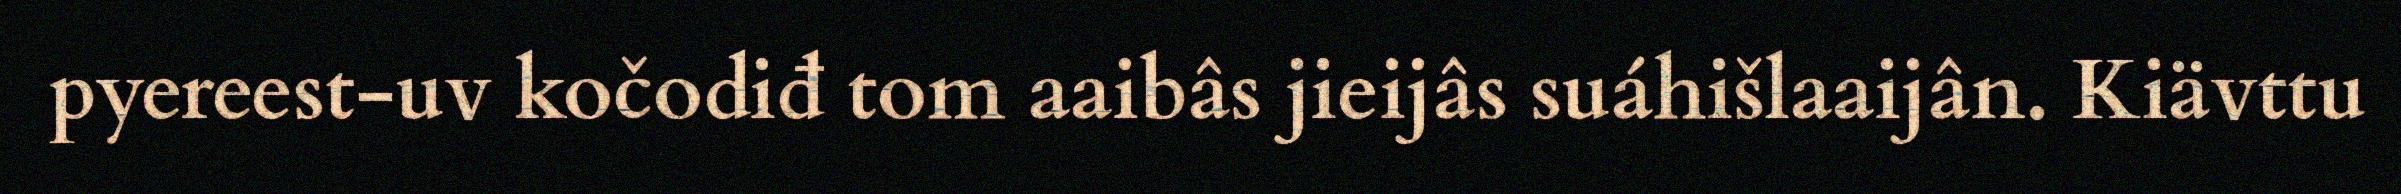
pyereest-uv kočodiđ tom aaibâs jieijâs suáhišlaaijân. Kiävttu